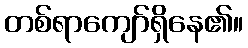
တစ်ရာကျော်ရှိနေ၏။